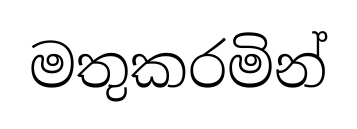
මතුකරමින්